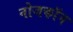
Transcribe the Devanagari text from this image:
नोजकाॅन